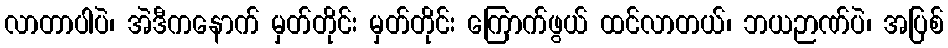
လာတာပါပဲ၊ အဲဒီကနောက် မှတ်တိုင်း မှတ်တိုင်း ကြောက်ဖွယ် ထင်လာတယ်၊ ဘယဉာဏ်ပဲ၊ အပြစ်